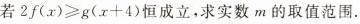
若$$2 f ( x ) ≥ g ( x + 4 )$$恒成立，求实数m的取值范围。